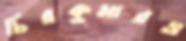
চিরকুমারও